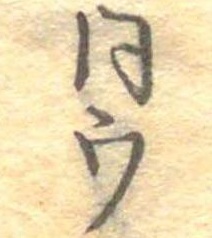
同ウ